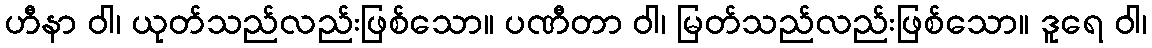
ဟီနာ ဝါ၊ ယုတ်သည်လည်းဖြစ်သော။ ပဏီတာ ဝါ၊ မြတ်သည်လည်းဖြစ်သော။ ဒူရေ ဝါ၊